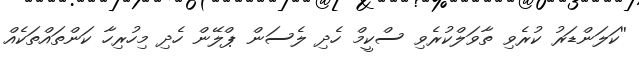
''ކަލަންޑަރު ކުރެވި ތާވަލްކުރެވި ސްކީމް ހެދި ލެސަން ޕްލޭން ހެދި މިހުރިހާ ކަންތައްތަކެއް